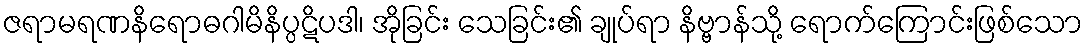
ဇရာမရဏနိရောဓဂါမိနိပ္ပဋိပဒါ၊ အိုခြင်း သေခြင်း၏ ချုပ်ရာ နိဗ္ဗာန်သို့ ရောက်ကြောင်းဖြစ်သော